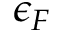
\epsilon _ { F }